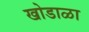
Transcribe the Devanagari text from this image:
खोडाळा